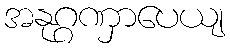
အနုဂ္ဂဏှာပေယျ